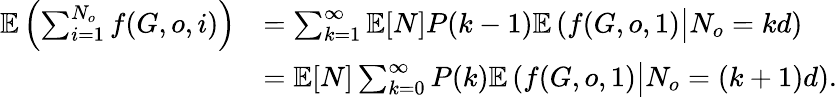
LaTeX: \begin{array}{rl}{\mathbb{E}\left(\sum_{i=1}^{N_{o}}f(G,o,i)\right)}&{=\sum_{k=1}^{\infty}\mathbb{E}[N]P(k-1)\mathbb{E}\left(f(G,o,1)\big|N_{o}=kd\right)}\\ &{=\mathbb{E}[N]\sum_{k=0}^{\infty}P(k)\mathbb{E}\left(f(G,o,1)\big|N_{o}=(k+1)d\right).}\end{array}